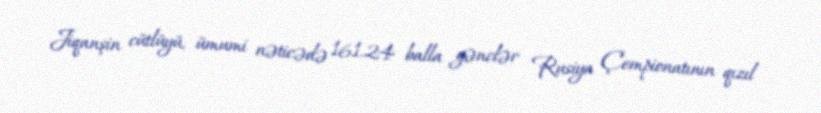
Jiqanşin cütlüyü, ümumi nəticədə 161.24 balla gənclər Rusiya Çempionatının qızıl